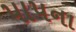
પાપના